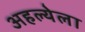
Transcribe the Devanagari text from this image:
अहल्येला